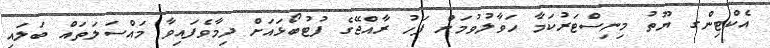
އެކްޓިންގ ޔޫތު މިނިސްޓަރުކަމާ ހަވާލުވުމަށް ފަހު ރާއްޖޭގެ ފުޓުބޯޅައަށް ދިމާވެފައިވާ މައްސަލަތައް ބަލައި